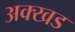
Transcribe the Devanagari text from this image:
अक्खड